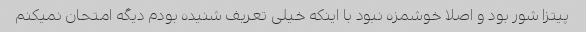
پیتزا شور بود و اصلا خوشمزه نبود با اینکه خیلی تعریف شنیده بودم دیگه امتحان نمیکنم